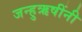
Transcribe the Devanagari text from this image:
जन्हुऋषींनी